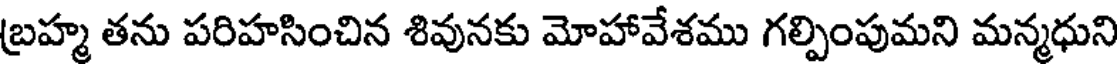
బ్రహ్మ తను పరిహసించిన శివునకు మోహావేశము గల్పింపుమని మన్మధుని